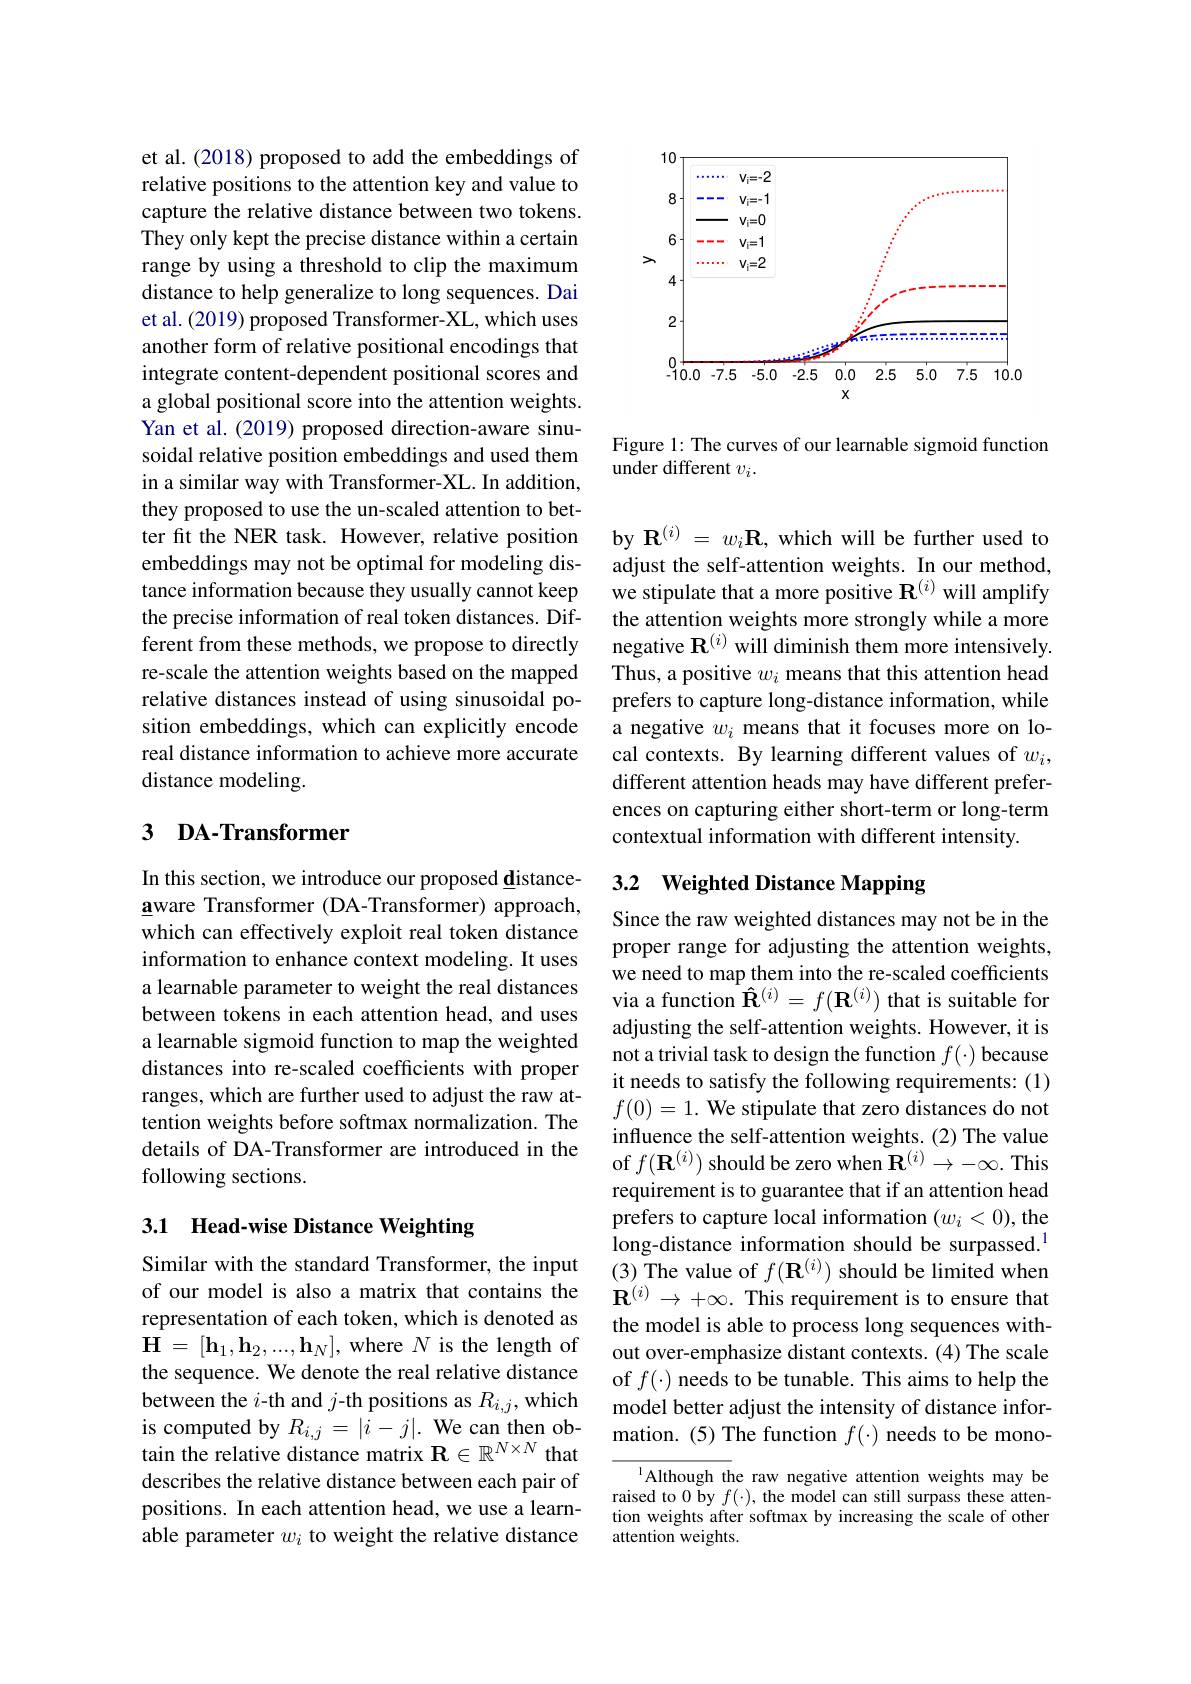
et al. (2018) proposed to add the embeddings of relative positions to the attention key and value to capture the relative distance between two tokens. They only kept the precise distance within a certain range by using a threshold to clip the maximum distance to help generalize to long sequences. Dai et al. (2019) proposed Transformer-XL, which uses another form of relative positional encodings that integrate content-dependent positional scores and a global positional score into the attention weights. Yan et al. (2019) proposed direction-aware sinusoidal relative position embeddings and used them in a similar way with Transformer-XL. In addition, they proposed to use the un-scaled attention to better fit the NER task. However, relative position embeddings may not be optimal for modeling distance information because they usually cannot keep the precise information of real token distances. Different from these methods, we propose to directly re-scale the attention weights based on the mapped relative distances instead of using sinusoidal position embeddings, which can explicitly encode real distance information to achieve more accurate distance modeling.

## 3 DA-Transformer

In this section, we introduce our proposed distanceaware Transformer (DA-Transformer) approach, which can effectively exploit real token distance information to enhance context modeling. It uses a learnable parameter to weight the real distances between tokens in each attention head, and uses a learnable sigmoid function to map the weighted distances into re-scaled coefficients with proper ranges, which are further used to adjust the raw attention weights before softmax normalization. The details of DA-Transformer are introduced in the following sections.

# 3.1 Head-wise Distance Weighting

Similar with the standard Transformer, the input of our model is also a matrix that contains the representation of each token, which is denoted as $\mathbf{H}=[\mathbf{h}_1,\mathbf{h}_2,...,\mathbf{h}_N]$, where $N$ is the length of the sequence. We denote the real relative distance between the $i$-th and $j$-th positions as $R_i,j$, which is computed by $R_{i,j}=|i-j|.$ We can then obtain the relative distance matrix $\mathbf{R}\in\mathbb{R}^N\times N$ that describes the relative distance between each pair of positions. In each attention head, we use a learnable parameter $w_i$ to weight the relative distance

<FigureHere>

Figure 1: The curves of our learnable sigmoid function
under different $v_i.$

by $\mathbf{R}^{(i)}=w_i\mathbf{R}$, which will be further used to adjust the self-attention weights. In our method, we stipulate that a more positive $\mathbf{R}^{(i)}$ will amplify the attention weights more strongly while a more negative $\mathbf{R}^{(i)}$ will diminish them more intensively. Thus, a positive $w_i$ means that this attention head prefers to capture long-distance information, while a negative $w_i$ means that it focuses more on local contexts. By learning different values of $w_i$, different attention heads may have different preferences on capturing either short-term or long-term contextual information with different intensity.

### 3.2 Weighted Distance Mapping

Since the raw weighted distances may not be in the proper range for adjusting the attention weights, we need to map them into the re-scaled coefficients via a function $\hat{\mathbf{R}}^{(i)}=f(\mathbf{R}^{(i)})$ that is suitable for adjusting the self-attention weights. However, it is not a trivial task to design the function $f(\cdot)$ because it needs to satisfy the following requirements: (1) $f(0)=1.$ We stipulate that zero distances do not influence the self-attention weights. (2) The value of $f(\mathbf{R}^{(i)})$ should be zero when $\mathbf{R}^{(i)}\to-\infty.$ This requirement is to guarantee that if an attention head prefers to capture local information $(w_i<0)$,the long-distance information should be surpassed.$^{1}$ (3) The value of $f(\mathbf{R}^{(i)})$ should be limited when $\mathbf{R}^{(i)}\to+\infty.$ This requirement is to ensure that the model is able to process long sequences without over-emphasize distant contexts. (4) The scale of $f(\cdot)$ needs to be tunable. This aims to help the model better adjust the intensity of distance information.(5) The function $f(\cdot)$ needs to be mono-

Although the raw negative attention weights may be raised to 0 by $f(\cdot)$, the model can still surpass these attention weights after softmax by increasing the scale of other attention weights.